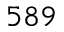
5 8 9